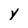
Character: y